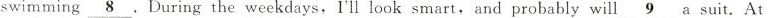
swiming \underline{8},During the weekdays.I'll look smart,and probably will \underline{9} a suit. At